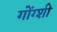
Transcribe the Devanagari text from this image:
गोंग्शी